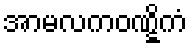
အာမလကဝဏ္ဋိကံ